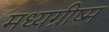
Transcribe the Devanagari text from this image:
मध्यग्रीष्म